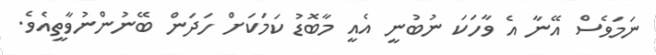
ނަމަވެސް އޭނާ އެ ވާހަކަ ނުބުނީ އެއީ މާބޮޑު ކަމަކަށް ހަދަން ބޭނުންނުވާތީއެވެ.